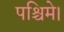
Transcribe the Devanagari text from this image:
पश्चिमे।